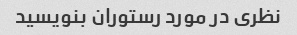
نظری در مورد رستوران بنویسید